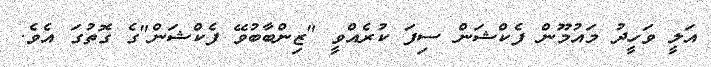
އަލީ ވަހީދު މައުމޫން ފެކްޝަން ސިފަ ކުރެއްވީ "ޒިންބާބުވޭ ފެކްޝަން"ގެ ގޮތުގަ އެވެ.